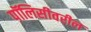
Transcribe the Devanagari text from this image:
पॉलिसीवरील